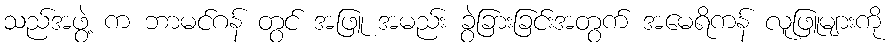
သည်အဖွဲ့ က ဘာမင်ဂန် တွင် အဖြူ အမည်း ခွဲခြားခြင်းအတွက် အမေရိကန် လူဖြူများကို